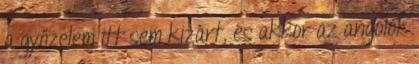
a győzelem itt sem kizárt, és akkor az angolok